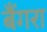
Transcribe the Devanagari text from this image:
बैंगरा